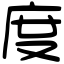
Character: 度